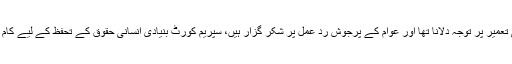
انہوں نے کہا کہ سپریم کورٹ کا سب سے اہم کام حکومت کی دیامر بھاشا ڈیم کی تعمیر پر توجہ دلانا تھا اور عوام کے پرجوش رد عمل پر شکر گزار ہیں، سپریم کورٹ بنیادی انسانی حقوق کے تحفظ کے لیے کام کرتی ہے، ہمیں انصاف کی فراہمی کے لیے نظام کی خرابیوں کو دور کرنا ہو گا۔